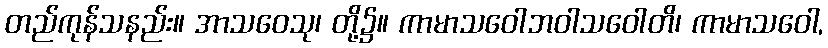
တည်ကုန်သနည်း။ အာသဝေသု၊ တို့၌။ ကာမာသဝေါဘဝါသဝေါတိ၊ ကာမာသဝေါ,